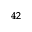
^ { 4 2 }